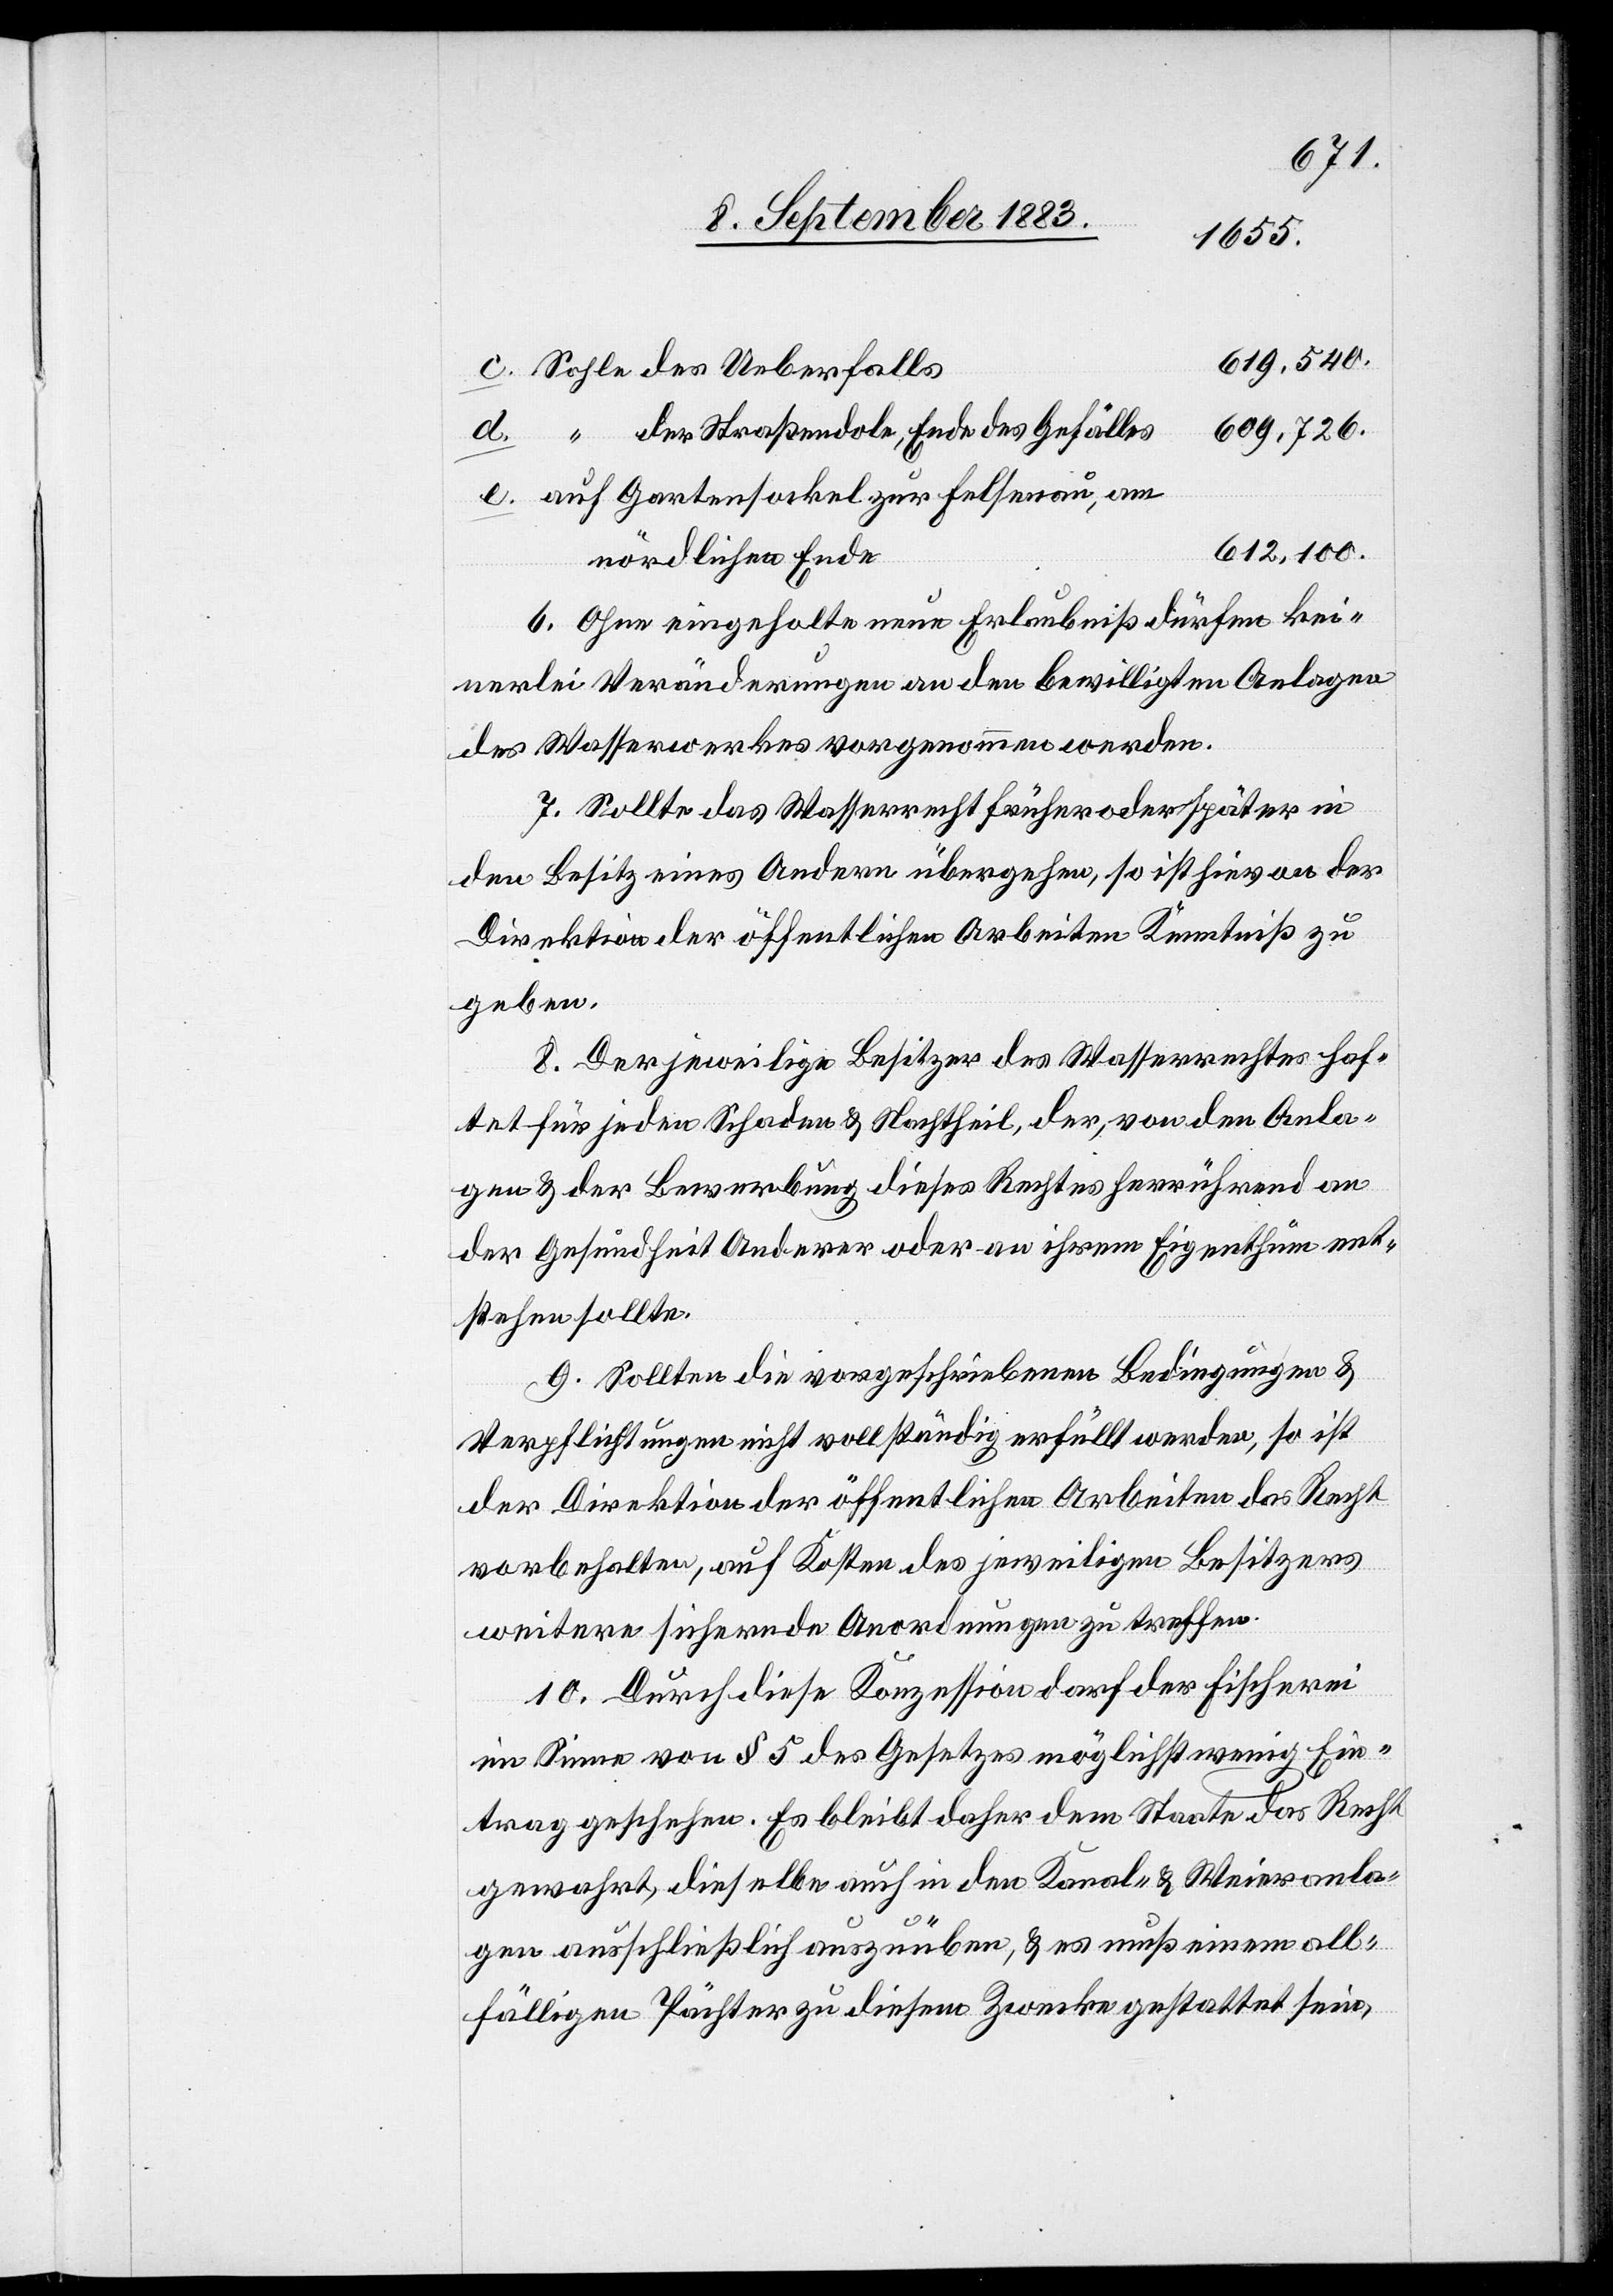
619,540.
Sohle des Ueberfalls
609,726.
“ der Straßendole, Ende des Gefälles
auf Gartensockel zur Felsenau, am
612,100.
nördlichen Ende
6. Ohne eingeholte neue Erlaubniß dürfen kei¬
nerlei Veränderungen an den bewilligten Anlagen
des Wasserwerkes vorgenommen werden.
7. Sollte das Wasserrecht früher oder später in
den Besitz eines Andern übergehen, so ist hievon der
Direktion der öffentlichen Arbeiten Kenntniß zu
geben.
8. Der jeweilige Besitzer des Wasserrechtes haf¬
tet für jeden Schaden & Nachtheil, der, von den Anla¬
gen & der Bewerbung dieses Rechtes herrührend an
der Gesundheit Anderer oder an ihrem Eigenthum ent¬
stehen sollte.
9. Sollten die vorgeschriebenen Bedingungen &
Verpflichtungen nicht vollständig erfüllt werden, so ist
der Direktion der öffentlichen Arbeiten das Recht
vorbehalten, auf Kosten des jeweiligen Besitzers
weitere sichernde Anordnungen zu treffen.
10. Durch diese Konzession darf der Fischerei
im Sinne von § 5 des Gesetzes möglichst wenig Ein¬
trag geschehen. Es bleibt daher dem Staate das Recht
gewahrt, dieselbe auch in den Kanal- & Weieranla¬
gen ausschließlich auszuüben, & es muß einem all¬
fälligen Pächter zu diesem Zwecke gestattet sein,